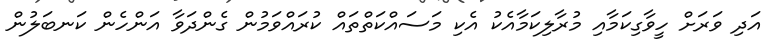
އަދި ވަރަށް ހީވާގިކަމާއި މުރާލިކަމާއެކު އެކި މަސައްކަތްތައް ކުރައްވަމުން ގެންދަވާ އަންހެން ކަނބަލުން